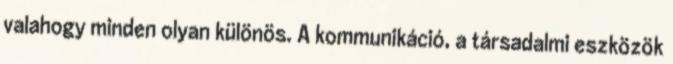
valahogy minden olyan különös. A kommunikáció, a társadalmi eszközök